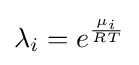
\lambda _{i}=e^{\frac {\mu _{i}}{RT}}